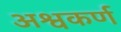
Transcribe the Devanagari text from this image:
अश्वकर्ण